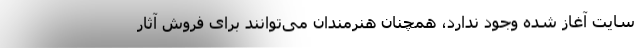
سایت آغاز شده وجود ندارد، همچنان هنرمندان می‌توانند برای فروش آثار